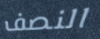
النصف